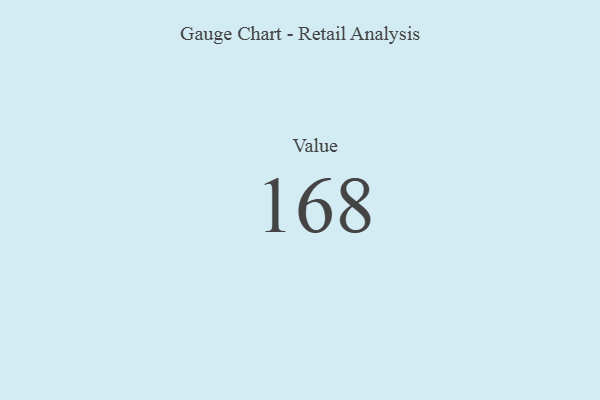
{"axis": {"x": "Metric", "y": "Value"}, "legend": [""], "data": [{"x": "Value", "y": 168, "type": ""}]}